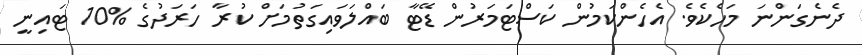
ދެނެގަންނަ މަހެކެވެ. އެހެންކަމުން ކަސްޓަމަރުން ޑޭޓާ ބައްލަވައިގަތުމަށް ކުރާ ހަރަދުގެ %10 ޓައިނީ